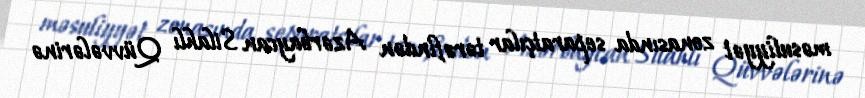
məsuliyyət zonasında separatçılar tərəfindən Azərbaycan Silahlı Qüvvələrinə